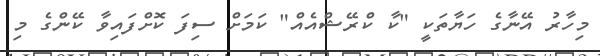
މިހާރު އޭނާގެ ހަޔާތަކީ "ކާ ކްރޭޝްއެއް" ކަމަށް ސިފަ ކޮށްފައިވާ ކޭންގެ މި